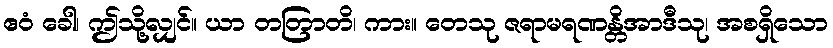
ဧဝံ ခေါ၊ ဤသို့လျှင်။ ယာ တတြာတိ၊ ကား။ တေသု ဇရာမရဏန္တိအာဒီသု၊ အစရှိသော